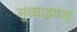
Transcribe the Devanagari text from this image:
सुब्बाइयाह